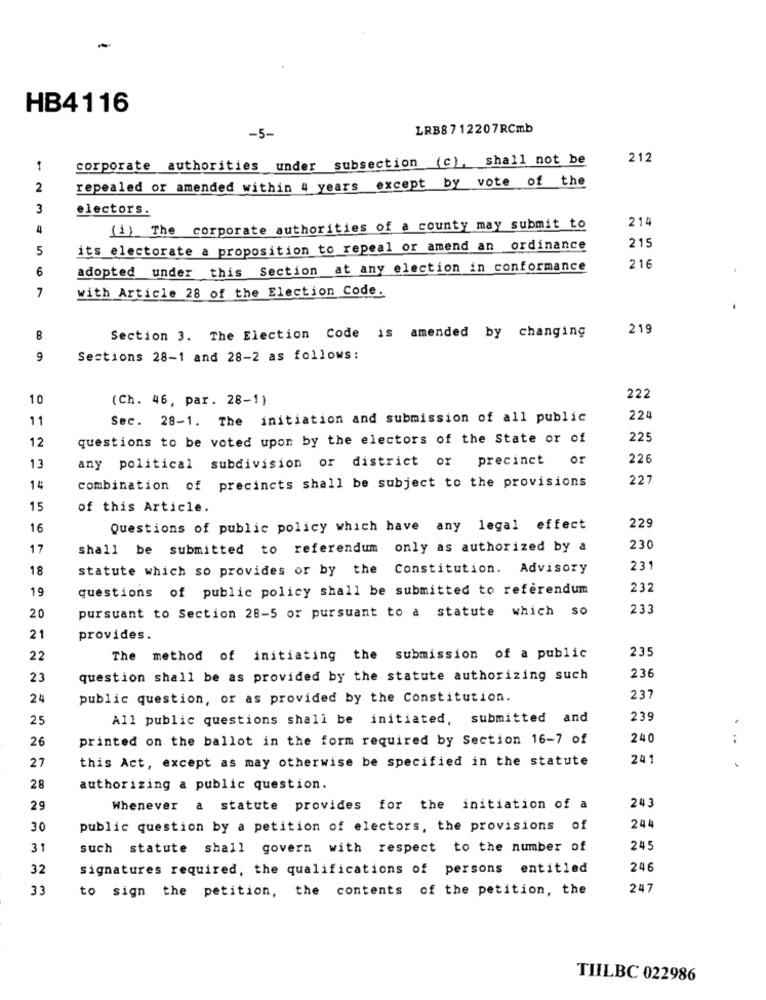
-
HB4116
LRB8712207RCmb
-5-
corporate authorities under subsection (c), shall not be
212
2
repealed or amended within 4 years except by vote of the
3
electors.
214
4
(1) The corporate authorities of a county may submit to
215
5
its electorate a proposition to repeal or amend an ordinance
6
adopted under this Section at any election in conformance
216
7
with Article 28 of the Election Code.
219
8
Section 3. The Election Code is amended by changing
9
Sections 28-1 and 28-2 as follows:
10
(Ch. 46, par. 28-1)
222
11
Sec. 28-1. The initiation and submission of all public
224
12
questions to be voted upon by the electors of the State or of
225
any political subdivision or district or precinct or
226
13
227
1 4
combination of precincts shall be subject to the provisions
15
of this Article.
16
Questions of public policy which have any legal effect
229
17
shall be submitted to referendum only as authorized by a
230
18
statute which so provides or by the Constitution. Advisory
231
19
questions of public policy shall be submitted to referendum
232
pursuant to Section 28-5 or pursuant to a statute which so
233
20
21
provides.
235
22
The method of initiating the submission of a public
236
23
question shall be as provided by the statute authorizing such
24
public question, or as provided by the Constitution.
237
25
All public questions shall be initiated, submitted and
235
26
printed on the ballot in the form required by Section 16-7 of
240
...
27
this Act, except as may otherwise be specified in the statute
241
28
authorizing a public question.
29
Whenever a statute provides for the initiation of a
243
30
public question by a petition of electors, the provisions of
244
31
such statute shall govern with respect to the number of
245
32
signatures required, the qualifications of persons entitled
246
33
to sign the petition, the contents of the petition, the
247
TIILBC 022986